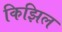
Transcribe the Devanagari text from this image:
किझिल